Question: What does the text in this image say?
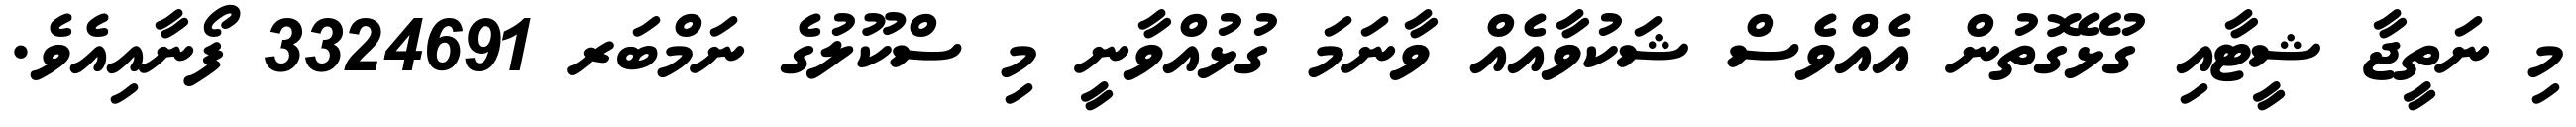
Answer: މި ނަތީޖާ ޝީޓާއި ގުޅޭގޮތުން އެއްވެސް ޝަކުވާއެއް ވާނަމަ ގުޅުއްވާނީ މި ސްކޫލުގެ ނަމްބަރ 3324691 ފޯނާއިއެވެ.